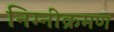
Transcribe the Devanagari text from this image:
निम्नीक्रमण